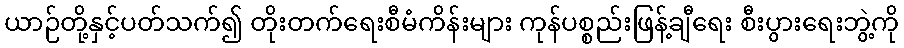
ယာဉ်တို့နှင့်ပတ်သက်၍ တိုးတက်ရေးစီမံကိန်းများ ကုန်ပစ္စည်းဖြန့်ချီရေး စီးပွားရေးဘွဲ့ကို